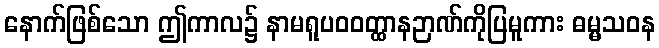
နောက်ဖြစ်သော ဤကာလ၌ နာမရူပဝဝတ္ထာနဉာဏ်ကိုပြမူကား ဓမ္မသဝန